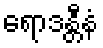
ရောဒန္တီနံ